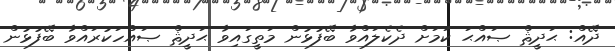
ދޭއް: ޙަދީޘް ޞައްޙަ ކަމަށް ދެކެލައްވާ ބޭފުޅުން މަތީގައިވާ ޙަދީޘް ޞައްހަކުރައްވާ ބޭފުޅުން